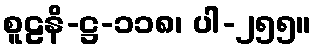
စူဠနိ-ဋ္ဌ-၁၁၈၊ ပါ-၂၅၅။